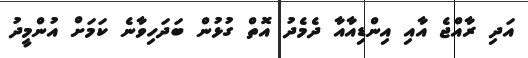
އަދި ރާއްޖެ އާއި އިންޑިއާއާ ދެމެދު އޮތް ގުޅުން ބަދަހިވާނެ ކަމަށް އުންމީދު